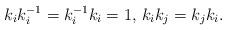
LaTeX: \begin{align*}k_ik_i^{-1}=k_i^{-1}k_i=1,\, k_ik_j=k_jk_i.\end{align*}